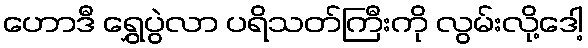
ဟောဒီ ရွှေပွဲလာ ပရိသတ်ကြီးကို လွမ်းလို့ဒေါ့